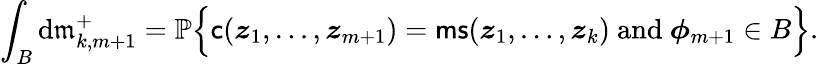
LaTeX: \int_{B}\mathrm{d}\mathfrak{m}_{k,m+1}^{+}={\mathbb{P}}\Big\{ \mathsf{c}({\boldsymbol{z}}_{1},\ldots,{\boldsymbol{z}}_{m+1})=\mathsf{ms}({\boldsymbol{z}}_{1},\ldots,{\boldsymbol{z}}_{k})\mathrm{~and~}{\boldsymbol{\phi}}_{m+1}\in B\Big\} .